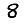
Digit: 8